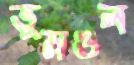
ভূমণ্ডল